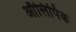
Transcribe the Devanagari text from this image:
ऑलिपिंक